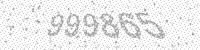
Solution: 999865